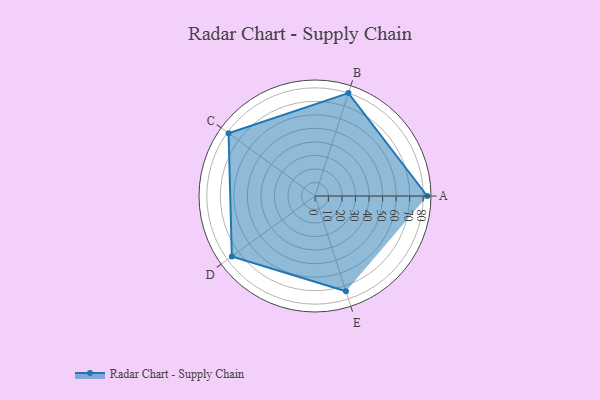
{"axis": {"x": "Skill", "y": "Score"}, "legend": ["Profile"], "data": [{"x": "A", "y": 83.0, "type": "Profile"}, {"x": "B", "y": 80.0, "type": "Profile"}, {"x": "C", "y": 79.0, "type": "Profile"}, {"x": "D", "y": 76.0, "type": "Profile"}, {"x": "E", "y": 74.0, "type": "Profile"}]}